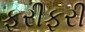
ફરીફરી